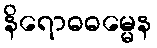
နိရောဓဓမ္မေန